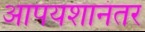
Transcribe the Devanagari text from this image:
आपयशानंतर